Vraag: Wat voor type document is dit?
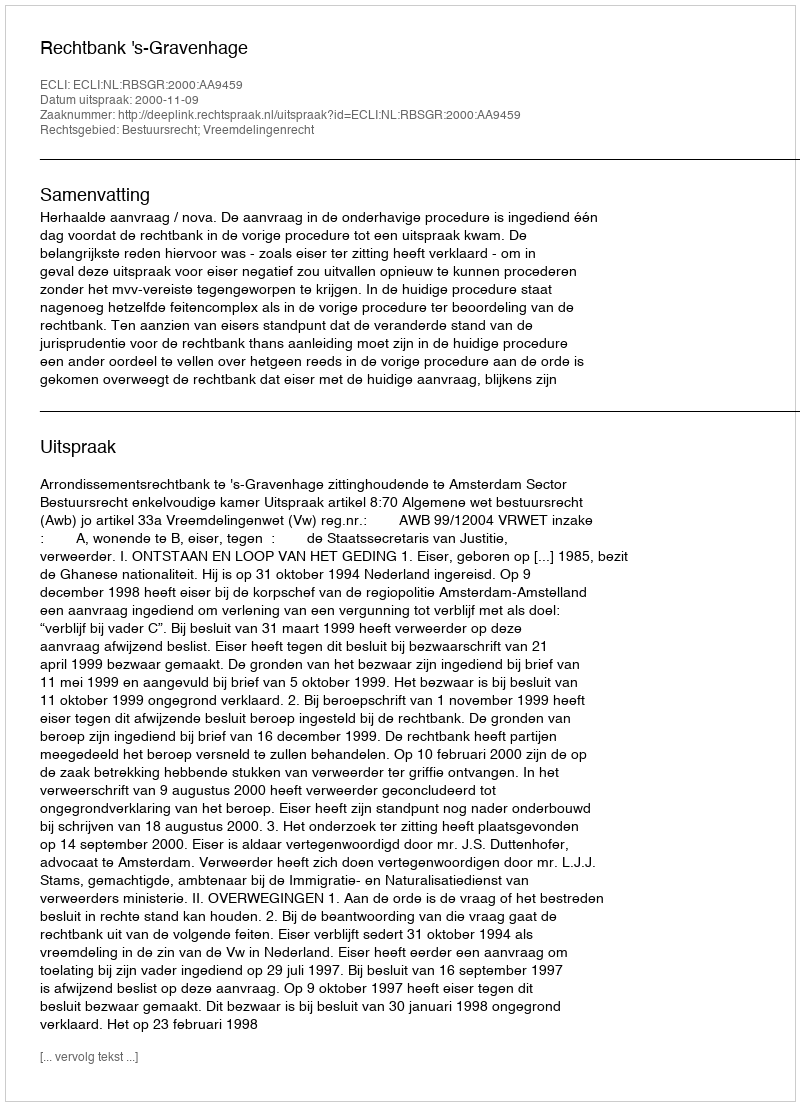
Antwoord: Uitspraak